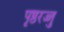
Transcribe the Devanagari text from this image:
पृष्ठरज्जु